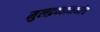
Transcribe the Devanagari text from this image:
मुलद्रव्यामध्येच